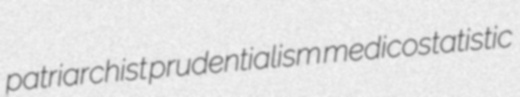
patriarchist prudentialism medicostatistic